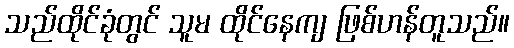
သည်ထိုင်ခုံတွင် သူမ ထိုင်နေကျ ဖြစ်ဟန်တူသည်။